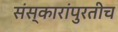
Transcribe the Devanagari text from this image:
संस्कारांपुरतीच